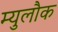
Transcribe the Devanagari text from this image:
म्युलौक